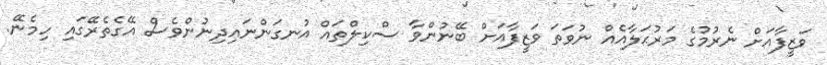
ވަޒީފާއަށް ނެރުމުގެ މަރުޙަލާއެއް ނުވަތަ ވަޒީފާއަށް ބޭނުންވާ ސްކިލްތައް އުނގަންނައިދިނުންވެސް އޭގެތެރޭގައި ހިމެނޭ.